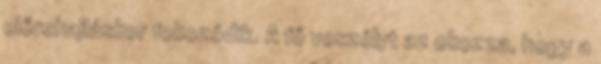
előrehajláskor fokozódik. A fő veszélyt az okozza, hogy a